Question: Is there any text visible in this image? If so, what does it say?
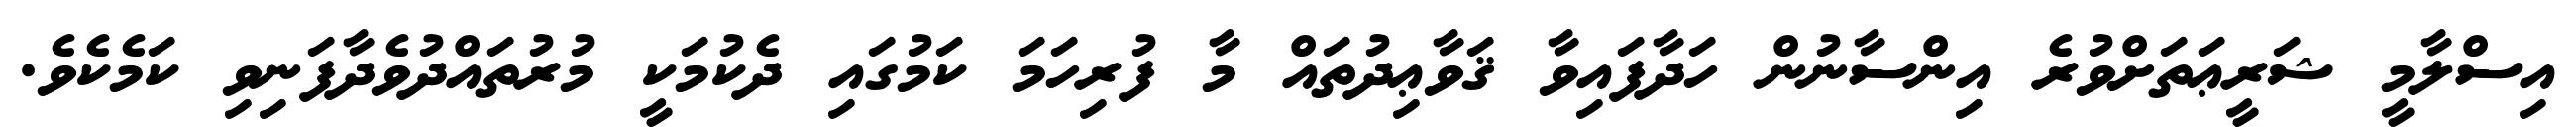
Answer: އިސްލާމީ ޝަރީޢަތަށްވުރެ އިންސާނުން ހަދާފައިވާ ޤަވާޢިދުތައް މާ ފުރިހަމަ ކަމުގައި ދެކުމަކީ މުރުތައްދުވެދާފަނިވި ކަމެކެވެ.